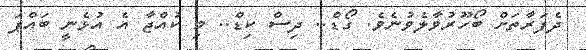
ދެފަރާތަށް ބޯހޫރުވާލެވުނެވެ. ގޯޑް.. ދިސް ކިޑް.. މި ކުއްޖާ އެ އުޅެނީ ބައްޕަ